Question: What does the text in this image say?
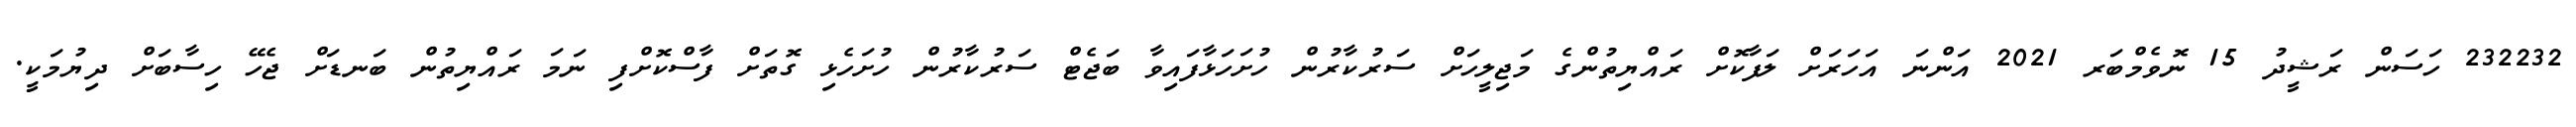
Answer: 232232 ހަސަން ރަޝީދު 15 ނޮވެމްބަރ 2021 އަންނަ އަހަރަށް ލަފާކޮށް ރައްޔިތުންގެ މަޖިލީހަށް ސަރުކާރުން ހުށަހަޅާފައިވާ ބަޖެޓް ސަރުކާރުން ހުށަހެޅި ގޮތަށް ފާސްކޮށްފި ނަމަ ރައްޔިތުން ބަނޑަށް ޖެހޭ ހިސާބަށް ދިޔުމަކީ.